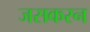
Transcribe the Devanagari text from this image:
जसकरन